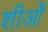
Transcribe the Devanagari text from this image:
शीओं